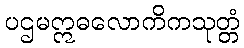
ပဌမဣဓလောကိကသုတ္တံ